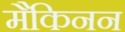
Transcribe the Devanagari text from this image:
मैकिनन